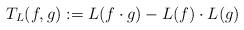
LaTeX: \begin{align*}T_L(f,g):=L(f\cdot g)-L(f)\cdot L(g)\end{align*}